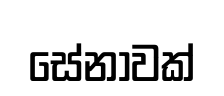
සේනාවක්